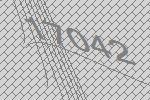
17042